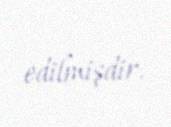
edilmişdir.